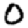
Digit: 0